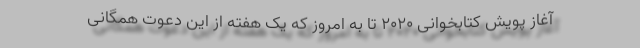
آغاز پویش کتابخوانی ۲۰۲۰ تا به امروز که یک هفته از این دعوت همگانی